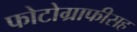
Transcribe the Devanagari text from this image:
फोटोग्राफीसह